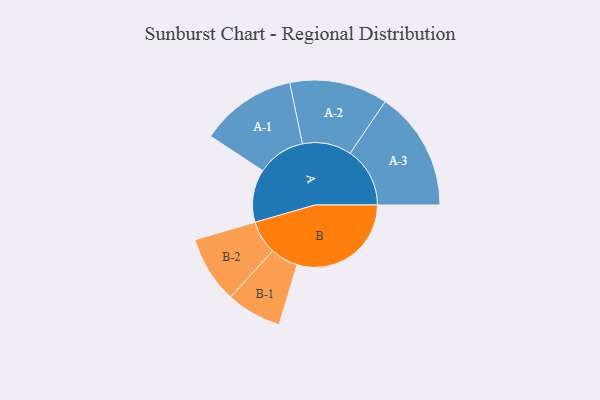
{"axis": {"x": "Segment", "y": "Value"}, "legend": ["", "A", "B"], "data": [{"x": "A", "y": 218, "type": ""}, {"x": "B", "y": 470, "type": ""}, {"x": "A-1", "y": 198, "type": "A"}, {"x": "A-2", "y": 202, "type": "A"}, {"x": "A-3", "y": 246, "type": "A"}, {"x": "B-1", "y": 114, "type": "B"}, {"x": "B-2", "y": 138, "type": "B"}]}